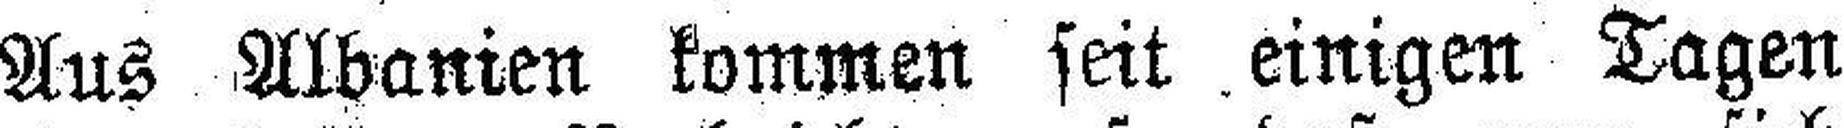
Aus Albanien kommen seit einigen Tagen